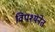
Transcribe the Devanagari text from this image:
विपश्यनेत